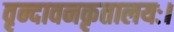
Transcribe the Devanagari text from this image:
वृन्दावनकृतालयः।